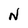
Character: N